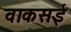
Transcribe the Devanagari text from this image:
वाकसई